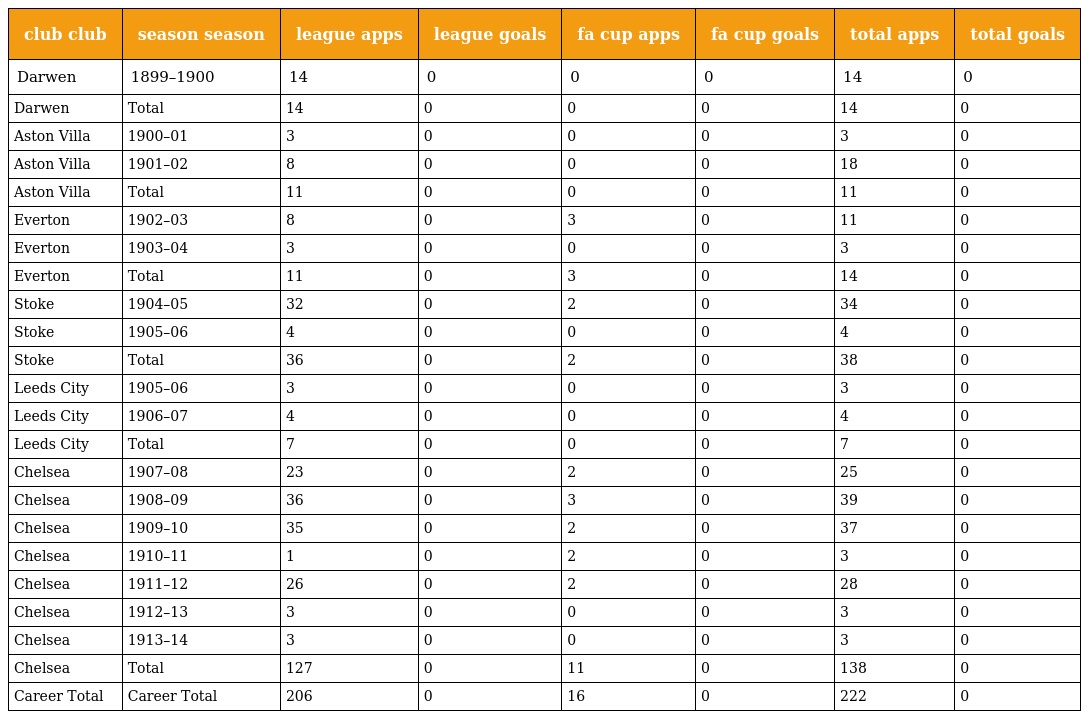
| club club | season season | league apps | league goals | fa cup apps | fa cup goals | total apps | total goals |
 | --- | --- | --- | --- | --- | --- | --- | --- |
 | Darwen | 1899–1900 | 14 | 0 | 0 | 0 | 14 | 0 |
 | Darwen | Total | 14 | 0 | 0 | 0 | 14 | 0 |
 | Aston Villa | 1900–01 | 3 | 0 | 0 | 0 | 3 | 0 |
 | Aston Villa | 1901–02 | 8 | 0 | 0 | 0 | 18 | 0 |
 | Aston Villa | Total | 11 | 0 | 0 | 0 | 11 | 0 |
 | Everton | 1902–03 | 8 | 0 | 3 | 0 | 11 | 0 |
 | Everton | 1903–04 | 3 | 0 | 0 | 0 | 3 | 0 |
 | Everton | Total | 11 | 0 | 3 | 0 | 14 | 0 |
 | Stoke | 1904–05 | 32 | 0 | 2 | 0 | 34 | 0 |
 | Stoke | 1905–06 | 4 | 0 | 0 | 0 | 4 | 0 |
 | Stoke | Total | 36 | 0 | 2 | 0 | 38 | 0 |
 | Leeds City | 1905–06 | 3 | 0 | 0 | 0 | 3 | 0 |
 | Leeds City | 1906–07 | 4 | 0 | 0 | 0 | 4 | 0 |
 | Leeds City | Total | 7 | 0 | 0 | 0 | 7 | 0 |
 | Chelsea | 1907–08 | 23 | 0 | 2 | 0 | 25 | 0 |
 | Chelsea | 1908–09 | 36 | 0 | 3 | 0 | 39 | 0 |
 | Chelsea | 1909–10 | 35 | 0 | 2 | 0 | 37 | 0 |
 | Chelsea | 1910–11 | 1 | 0 | 2 | 0 | 3 | 0 |
 | Chelsea | 1911–12 | 26 | 0 | 2 | 0 | 28 | 0 |
 | Chelsea | 1912–13 | 3 | 0 | 0 | 0 | 3 | 0 |
 | Chelsea | 1913–14 | 3 | 0 | 0 | 0 | 3 | 0 |
 | Chelsea | Total | 127 | 0 | 11 | 0 | 138 | 0 |
 | Career Total | Career Total | 206 | 0 | 16 | 0 | 222 | 0 |